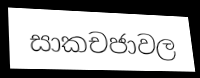
සාකචජාවල